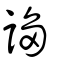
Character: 謅